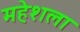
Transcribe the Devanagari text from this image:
महेशला